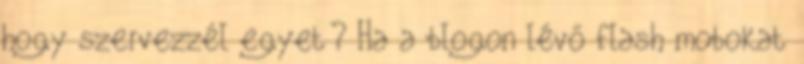
hogy szervezzél egyet? Ha a blogon lévő flash mobokat